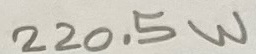
Text: 220.5W